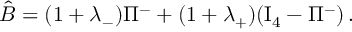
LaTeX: \hat { B } = ( 1 + \lambda _ { - } ) \Pi ^ { - } + ( 1 + \lambda _ { + } ) ( \mathrm { I } _ { 4 } - \Pi ^ { - } ) \, .